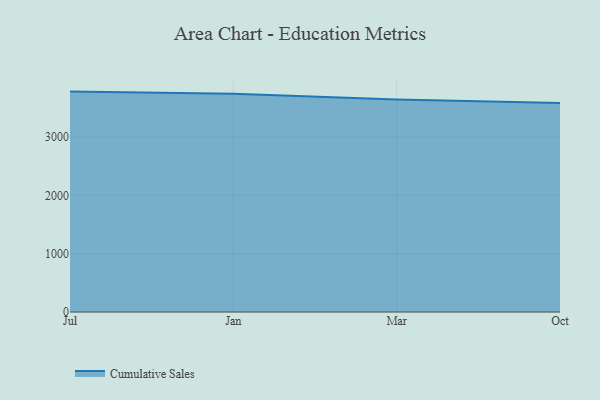
{"axis": {"x": "Month", "y": "Market Share (%)"}, "legend": ["Cumulative Sales"], "data": [{"x": "Jul", "y": 3778.7, "type": "Cumulative Sales"}, {"x": "Jan", "y": 3739.8, "type": "Cumulative Sales"}, {"x": "Mar", "y": 3645.3, "type": "Cumulative Sales"}, {"x": "Oct", "y": 3581.5, "type": "Cumulative Sales"}]}